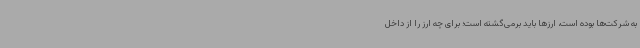
به شرکت‌ها بوده است، ارزها باید برمی‌گشته است؛ برای چه ارز را از داخل